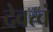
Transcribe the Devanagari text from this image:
देवत्वं